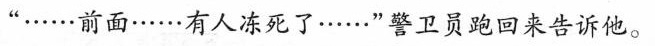
”……前面……有人冻死了……”警卫员跑回来告诉他。